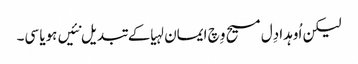
لیکن اُوہدا دِل مسیح وِچ ایمان لہیا کے تبدیل نئیں ہویا سی۔